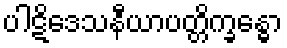
ပါဋိဒေသနီယာပတ္တိက္ခန္ဓော